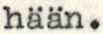
hään.